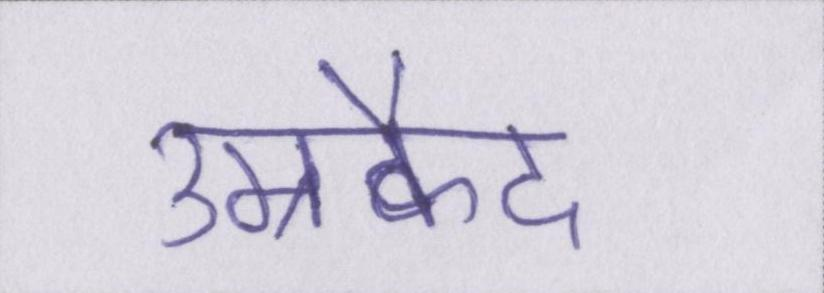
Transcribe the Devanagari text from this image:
उम्रकैद